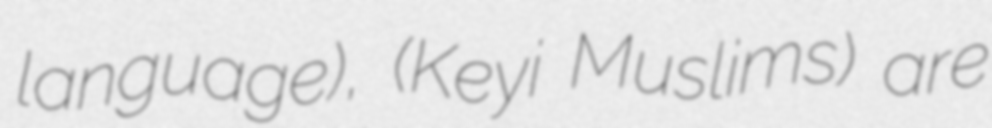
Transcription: language), (Keyi Muslims) are